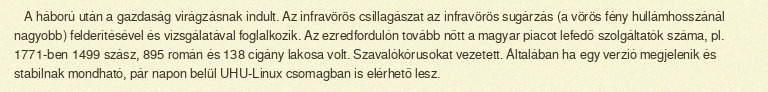
A háború után a gazdaság virágzásnak indult. Az infravörös csillagászat az infravörös sugárzás (a vörös fény hullámhosszánál nagyobb) felderítésével és vizsgálatával foglalkozik. Az ezredfordulón tovább nőtt a magyar piacot lefedő szolgáltatók száma, pl. 1771-ben 1499 szász, 895 román és 138 cigány lakosa volt. Szavalókórusokat vezetett. Általában ha egy verzió megjelenik és stabilnak mondható, pár napon belül UHU-Linux csomagban is elérhető lesz.